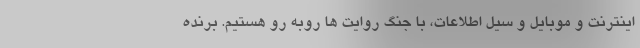
اینترنت و موبایل و سیل اطلاعات، با جنگ روایت ها روبه رو هستیم. برنده